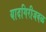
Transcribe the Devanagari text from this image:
यादगिरीजवळ